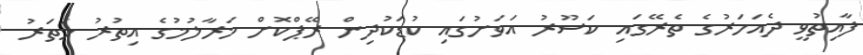
ފާއިތުވީ ދެއަހަރުގެ ތެރޭގައި ކަސޫރު އަވަށުގައި ކުޑަކުދިން ރޭޕްކޮށް މަރާލުމުގެ އިތުރު ހަތަރު